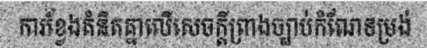
ការខ្វែងគំនិតគ្នាលើសេចក្តីព្រាងច្បាប់កំណែទម្រង់